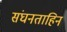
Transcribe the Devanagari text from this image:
संघनताहिन